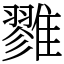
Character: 雡